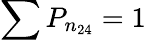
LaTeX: \sum P_{n_{24}}=1